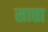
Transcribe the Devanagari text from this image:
साप्ता